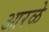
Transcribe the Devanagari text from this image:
आरळे